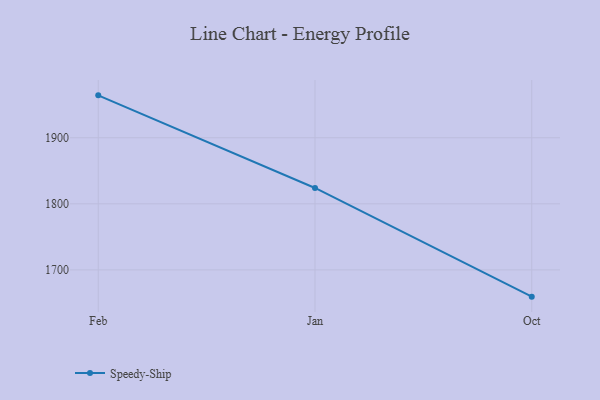
{"axis": {"x": "Month", "y": "Backlog"}, "legend": ["Speedy-Ship"], "data": [{"x": "Feb", "y": 1964.2, "type": "Speedy-Ship"}, {"x": "Jan", "y": 1824.0, "type": "Speedy-Ship"}, {"x": "Oct", "y": 1659.5, "type": "Speedy-Ship"}]}